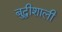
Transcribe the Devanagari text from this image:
बुद्धीशाली